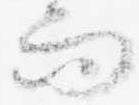
而